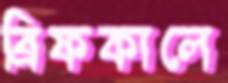
ব্রিফকালে